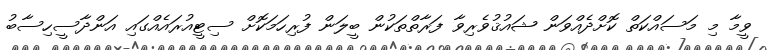
ވީމާ މި މަސައްކަތް ކޮށްދެއްވަން ޝައުޤުވެރިވާ ފަރާތްތަކުން ބީލަން ފުރިހަމަކޮށް ސިޓީއުރައެއްގައި އަންދާސީހިސާބު